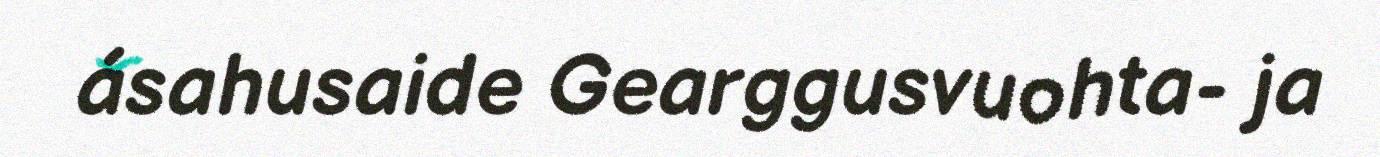
ásahusaide Gearggusvuohta- ja